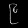
Digit: ၉